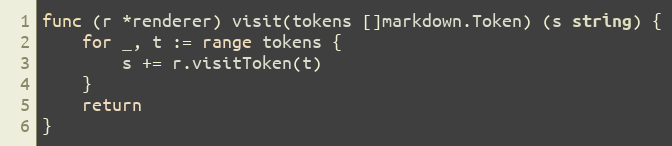
Language: Go
func (r *renderer) visit(tokens []markdown.Token) (s string) {
	for _, t := range tokens {
		s += r.visitToken(t)
	}
	return
}